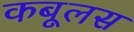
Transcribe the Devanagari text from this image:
कबूलस